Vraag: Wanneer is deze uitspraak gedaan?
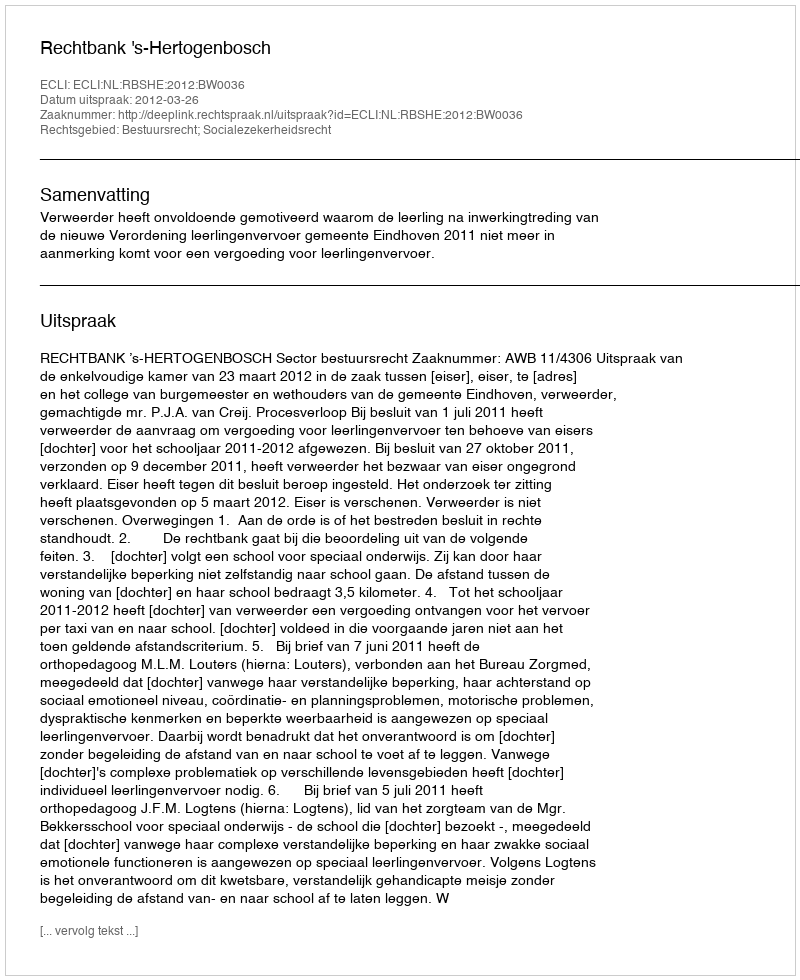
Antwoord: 2012-03-26